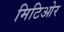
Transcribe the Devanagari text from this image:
मिटिओर